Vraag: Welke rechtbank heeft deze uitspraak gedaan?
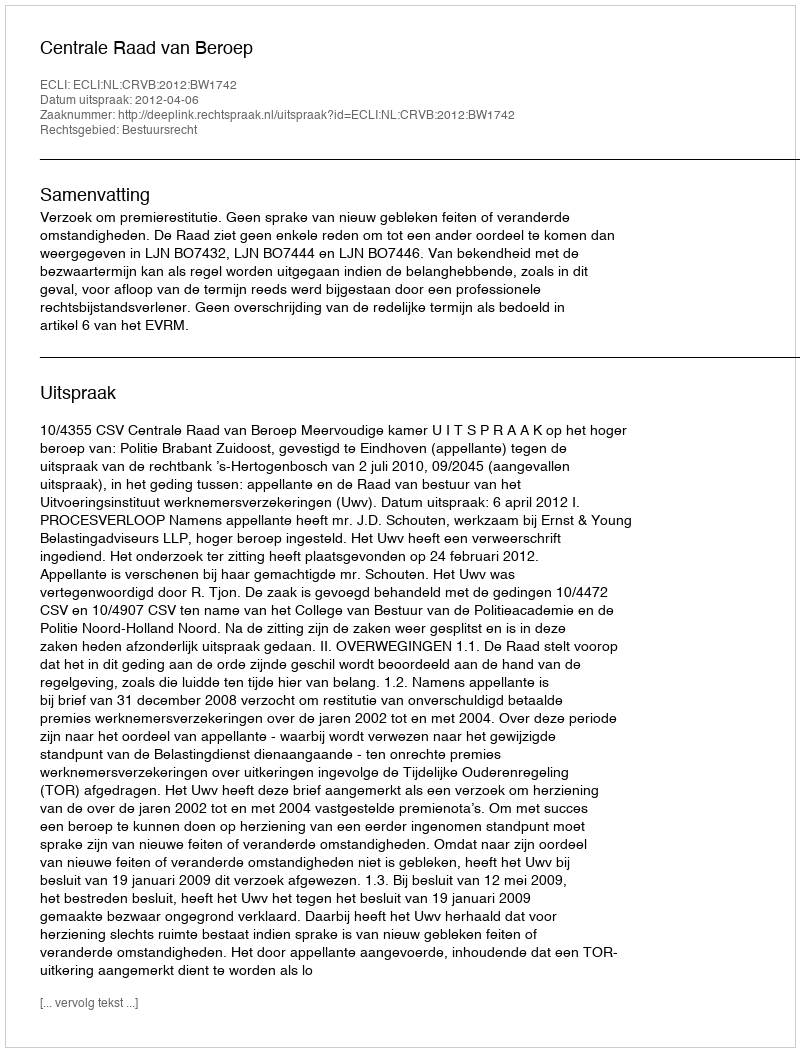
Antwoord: Centrale Raad van Beroep